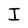
Character: I